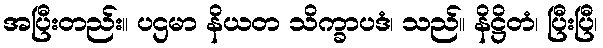
အပြီးတည်း။ ပဌမာ နိယတ သိက္ခာပဒံ၊ သည်။ နိဋ္ဌိတံ၊ ပြီးပြီ၊